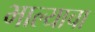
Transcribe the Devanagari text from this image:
भाल्याचा